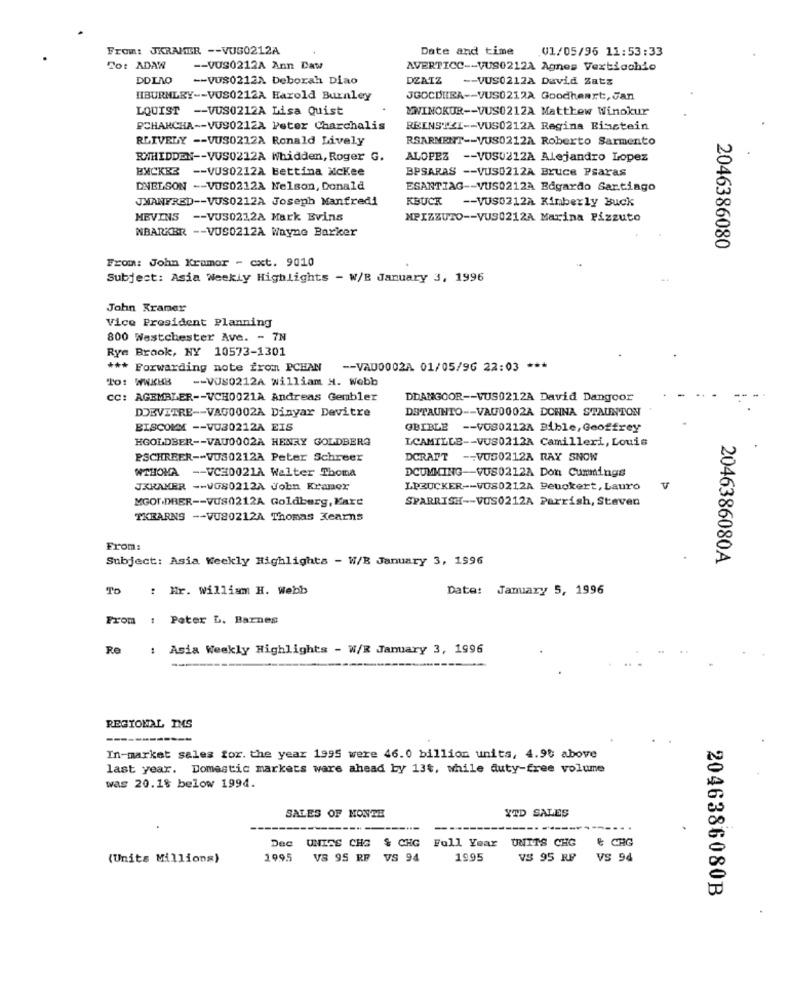
From: JKRAMER -- VUS0212A
Date and time
V1/05/96 11:53:33
To: ADAW
-- VUS0212A Ann Daw
AVERTICC -- VUS0212A Agnes Vextiachio
DDINO
-- VUS0212A Deborah Diao
DEATZ
-- VUS0212A David Zatz
HIBURNLEY -- VUS0212A Harold Burnley
JGOCDIIRA -- VUS0212A Goodheart, Jan
LQUIST -- VUS0212A Lisa Quist
MWINOKUR -- VUS0212A Matthew Winokur
PCHANCHA -- VU90212A Peter Charchalis
REINSTXI -- VUS0212A Regina Bisstein
RLIVELY -- VUS0212A Ronald Lively
RSARMENT -- VUS0212A Roberto Sarmento
RWHIDDEN -- VUS0212A Whidden, Roger G.
ALOPEZ -- VUS0212A Alejandro Lopez
BMCKBS -- VUS0212A Bettina McKee
BPSARAS -- VUS0212A Bruce Psaras
DNELSON -- VOS0212A Nelson, Donald
ESANTIAG -- VUS0212A Edgardo Sartiago
JWANFRED -- VUS0212A Joseph Manfredi
KBUCK
-- VUS0212A Kimberly Buck
MEVINS -- VUS0212A Mark Evins
MPIZZUTO -- VUS0212A Marina Pizzuto
NBARKER -- VUS0212A Wayne Barker
2046386080
From: John Kramer - cxt. 9010
Subject: Asia Weekly Highlights - W/B January 3, 1996
John Kramer
Vice President Planning
800 Westchester Ave. - 7N
Rye Brook, NY 10573-1301
*** Forwarding note from PCHAN -- VAD0002A 01/05/96 22:03 ***
To: WWKBB
-- VUS0212A william H. Webb
CC: AGEMBLER -- VCH0021A Andreas Gembler
DDANGOOR -- VUS0212A David Dangoor
DSTAUNTO -- VAU0002A DOHNA STAUNTON
DOBVITRE -- VAG0002A Dinyar Devitre
BISCOMM -- VU30212A EIS
GBIBLE -- VOS0212A Bible, Geoffrey
HGOLDBER -- VAU0002A HENRY GOLDBERG
LCAMILLE -- VUS0212A Camilleri, Louis
PSCHREER -- VOS0212A Peter Schreer
DCRAFT -- VOS0212A RAY SNOW
DCUMMING -- VUS0212A Don Cummings
WTHOMA -- VCH0021A Walter Thoma
JKKAMER -- VGS0212A Jobn Kramer
LPEUCKER -- VOS0212A Peuckert, Lauro
MGOFDBER -- VUS0212A Goldberg, Kart
SPARRISH -- VOS0212A Parrish, Staven
TKBARNS -- VU80212A Thomas Kearns
From:
Subject: Asia Weekly Highlights - W/B January 3, 1996
2046386080A
TO : Hr. William H. Webb
Date: January 5, 1996
From : Peter L. Barnes
: Asia Weekly Highlights - W/E January 3, 1996
REGIONAL INS
In-market sales for. the year 1995 were 46.0 billion units, 4.90 above
last year. Domestic markets ware ahead by 134, while duty-free volume
was 20.1% below 1994.
YTD SALES
SALES OF MONTE
& CHG
Dec UNITS CHG & CHG Full Year UNITS CHG
(Units Millions)
1995 VS 95 RF VS 94
1995
VS 95 RP
VS 94
2046386080B